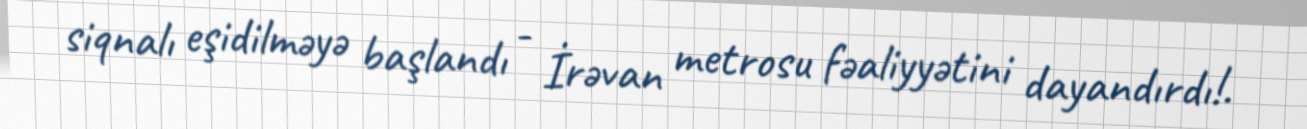
siqnalı eşidilməyə başlandı - İrəvan metrosu fəaliyyətini dayandırdı!.